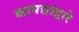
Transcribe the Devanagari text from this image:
कायद्यांद्वारे